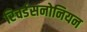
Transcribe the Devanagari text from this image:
रिचर्डसनोनियन